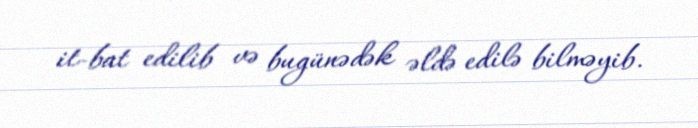
it-bat edilib və bugünədək əldə edilə bilməyib.